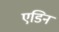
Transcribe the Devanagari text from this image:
एडिन